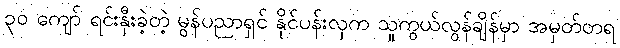
၃၀ ကျော် ရင်းနှီးခဲ့တဲ့ မွန်ပညာရှင် နိုင်ပန်းလှက သူကွယ်လွန်ချိန်မှာ အမှတ်တရ